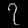
Digit: ၇